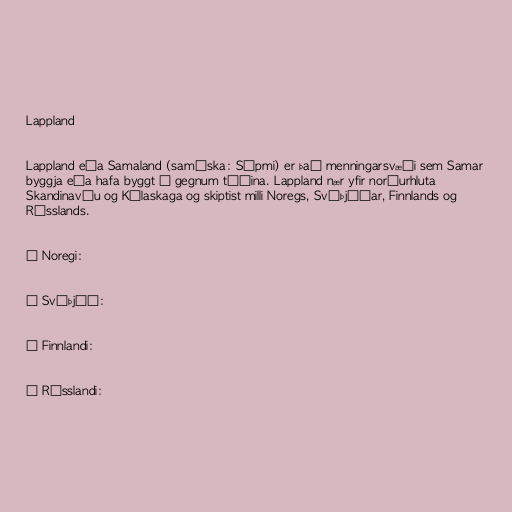
Lappland

Lappland eða Samaland (samíska: Sápmi) er það menningarsvæði sem Samar
byggja eða hafa byggt í gegnum tíðina. Lappland nær yfir norðurhluta
Skandinavíu og Kólaskaga og skiptist milli Noregs, Svíþjóðar, Finnlands og
Rússlands.

Í Noregi:

Í Svíþjóð:

Í Finnlandi:

Í Rússlandi: